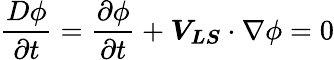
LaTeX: \frac{D\phi}{\partial t}=\frac{\partial\phi}{\partial t}+\boldsymbol{V_{LS}}\cdot\nabla\phi=0